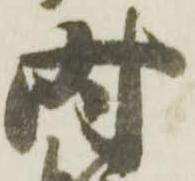
時